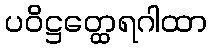
ပဝိဋ္ဌတ္ထေရဂါထာ